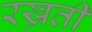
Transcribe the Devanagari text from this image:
रख्रती